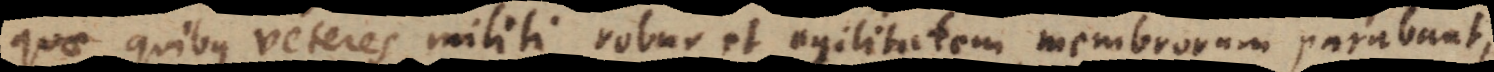
quae, quibus veteres militi robur et agilitatem membrorum parabant